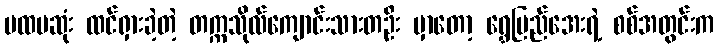
ပထမဆုံး ထင်ရှားခဲ့တဲ့ တက္ကသိုလ်ကျောင်းသားတဦး မှာတော့ ရွှေပြည်အေးရဲ့ စစ်အတွင်းက